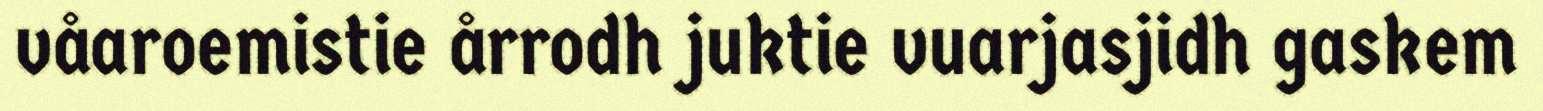
våaroemistie årrodh juktie vuarjasjidh gaskem